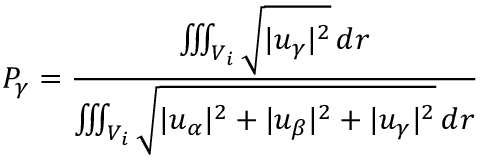
P _ { \gamma } = \frac { \iiint _ { V _ { i } } \sqrt { | u _ { \gamma } | ^ { 2 } } \, d r } { \iiint _ { V _ { i } } \sqrt { | u _ { \alpha } | ^ { 2 } + | u _ { \beta } | ^ { 2 } + | u _ { \gamma } | ^ { 2 } } \, d r }